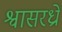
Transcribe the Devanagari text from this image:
श्वासरध्राें